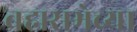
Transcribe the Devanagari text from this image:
ब्रह्मसभेच्या